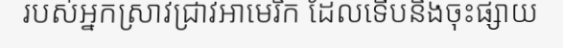
របស់អ្នកស្រាវជ្រាវអាមេរិក ដែលទើបនឹងចុះផ្សាយ